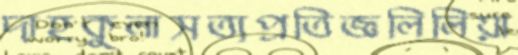
দাহকুলাসত্যপ্রতিজ্ঞলিলিয়া